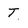
Character: T